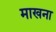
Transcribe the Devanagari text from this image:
माखना